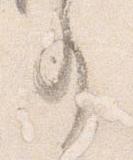
事